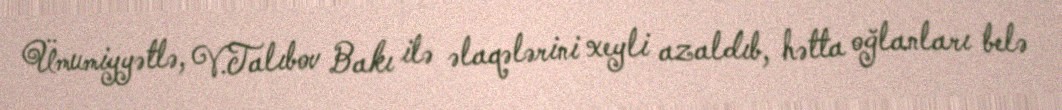
Ümumiyyətlə, V.Talıbov Bakı ilə əlaqələrini xeyli azaldıb, hətta oğlanları belə